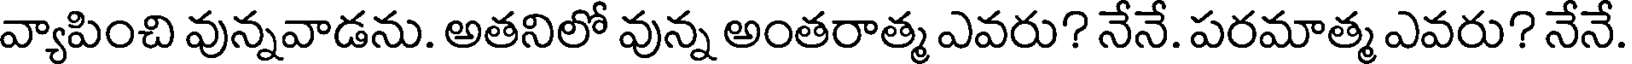
వ్యాపించి వున్నవాడను. అతనిలో వున్న అంతరాత్మ ఎవరు? నేనే. పరమాత్మ ఎవరు? నేనే